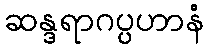
ဆန္ဒရာဂပ္ပဟာနံ